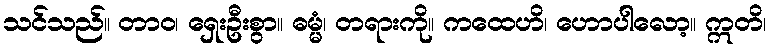
သင်သည်။ တာဝ၊ ရှေးဦးစွာ။ ဓမ္မံ၊ တရားကို။ ကထေဟိ၊ ဟောပါလော့။ ဣတိ၊